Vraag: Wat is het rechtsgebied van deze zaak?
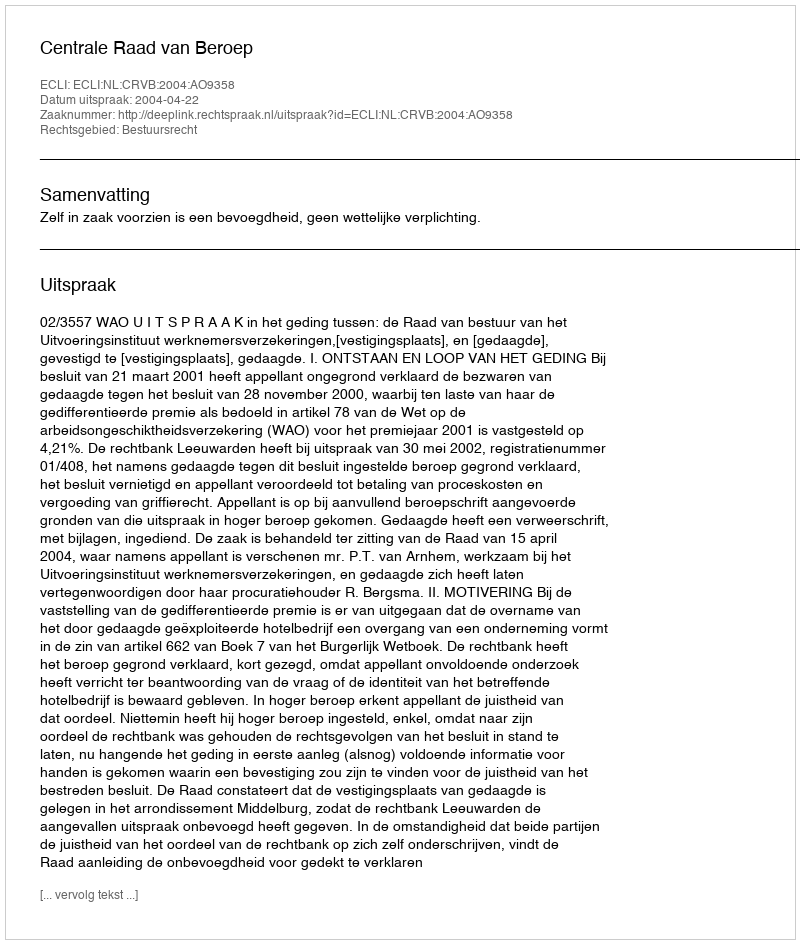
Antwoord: Bestuursrecht